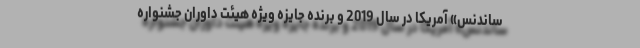
ساندنس» آمریکا در سال 2019 و برنده جایزه ویژه هیئت داوران جشنواره